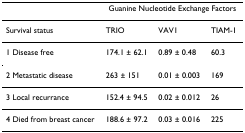
<table><thead><tr><td></td><td colspan="3"><b>Guanine Nucleotide Exchange Factors</b></td></tr></thead><tbody><tr><td>Survival status</td><td>TRIO</td><td>VAV1</td><td>TIAM-1</td></tr><tr><td>1 Disease free</td><td>174.1 ± 62.1</td><td>0.89 ± 0.48</td><td>60.3</td></tr><tr><td>2 Metastatic disease</td><td>263 ± 151</td><td>0.01 ± 0.003</td><td>169</td></tr><tr><td>3 Local recurrance</td><td>152.4 ± 94.5</td><td>0.02 ± 0.012</td><td>26</td></tr><tr><td>4 Died from breast cancer</td><td>188.6 ± 97.2</td><td>0.03 ± 0.016</td><td>225</td></tr></tbody></table>